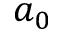
a _ { 0 }